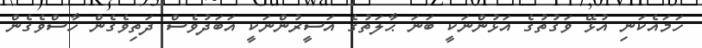
ހަމައެކަނި އުޅޭ ވަގުތުގެ އަޅުންނަކީ ބަނަ ޙާލަތުގެ އަސީރުންނަކީ އަބަދުވެސް ދަތިވެގެން ހާސްވެގެން